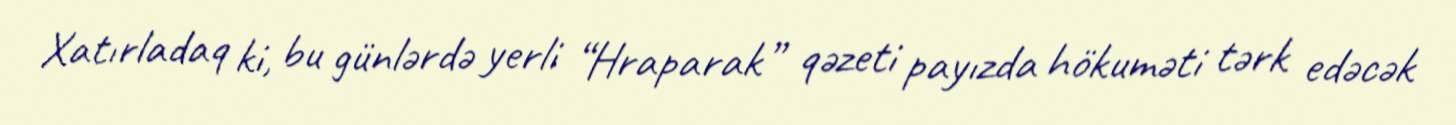
Xatırladaq ki, bu günlərdə yerli “Hraparak” qəzeti payızda hökuməti tərk edəcək